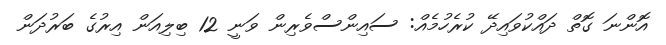
އޮންނަ ގޮތް ދައްކުވައިދޭ ކުރެހުމެއް: ސައިންސްވެރިން ވަނީ 12 ބިލިއަން އިރުގެ ބަރުދަން